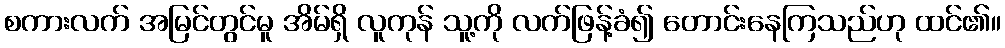
စကားလက် အမြင်တွင်မူ အိမ်ရှိ လူကုန် သူ့ကို လက်ဖြန့်ခံ၍ တောင်းနေကြသည်ဟု ထင်၏။